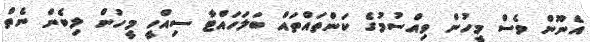
އެނޫން ވެސް މީހުން ވިއްސުމުގެ ކަންތައްތައް ބަލަހައްޓާ ސިއްހީ މީހުން ލިބެން ނެތް